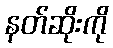
နတ်ဆိုးကို